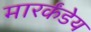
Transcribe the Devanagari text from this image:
मारर्कंडेय